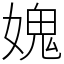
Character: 媿